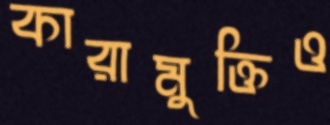
কারামুক্তিও